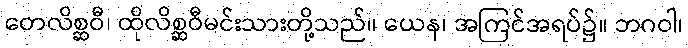
တေလိစ္ဆဝီ၊ ထိုလိစ္ဆဝီမင်းသားတို့သည်။ ယေန၊ အကြင်အရပ်၌။ ဘဂဝါ၊